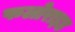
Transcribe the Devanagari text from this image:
फलोराइड